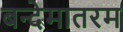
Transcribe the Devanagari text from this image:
बन्देमातरम